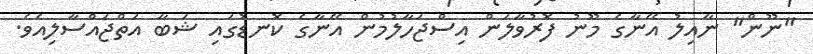
"ނޫން" ނާއިލު އޭނާގެ މޫނު ފޮރުވާލަން އިސްޖަހާލުމުން އޭނާގެ ކޮނޑުގައި ޝަބާ އަތްޖައްސާލިއެވެ.